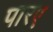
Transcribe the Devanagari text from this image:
पारए